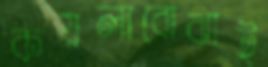
কয়লাবোঝাই